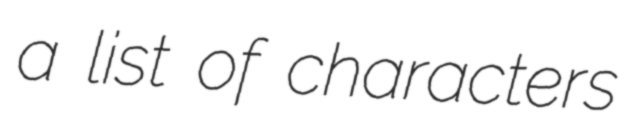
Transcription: a list of characters